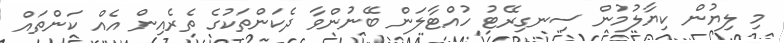
މި ލިޔުން ކިޔާލުމުން ސިނގިރޭޓު ހުއްޓާލަން ބޭނުންވާ ދެކަންތަކުގެ ތެރެއިން އެއް ކަންތައް